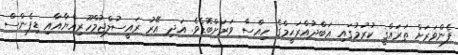
ފެންވަރަށް ތަރައްޤީ ކުރުމުގައި ޢަބްދުއްރަޙީމްގެ ހިއްސާ ވަރަށްބޮޑެވެ. އަދި އޭރު ރައީސުލްޖުމްހޫރިއްޔާއާއި ޑިފެންސް